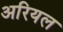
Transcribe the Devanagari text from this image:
अरियल